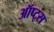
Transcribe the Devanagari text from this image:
ऑप्ट्स